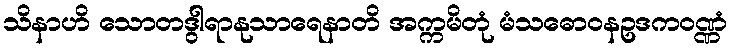
သိနာဟိ သောတဒွါရာနုသာရေနာတိ အက္ကမိတုံ မံသဓောဝနဥဒကဝဏ္ဏံ